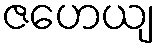
ဇဟေယျ